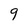
Character: 9